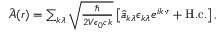
\begin{array} { r } { \hat { \boldsymbol { A } } ( \boldsymbol { r } ) = \sum _ { \boldsymbol { k } \lambda } \sqrt { \frac { \hbar } { 2 V \epsilon _ { 0 } c k } } \left[ \hat { a } _ { \boldsymbol { k } \lambda } \boldsymbol { \epsilon } _ { \boldsymbol { k } \lambda } e ^ { i \boldsymbol { k } \cdot \boldsymbol { r } } + \mathrm { H . c . } \right] , } \end{array}